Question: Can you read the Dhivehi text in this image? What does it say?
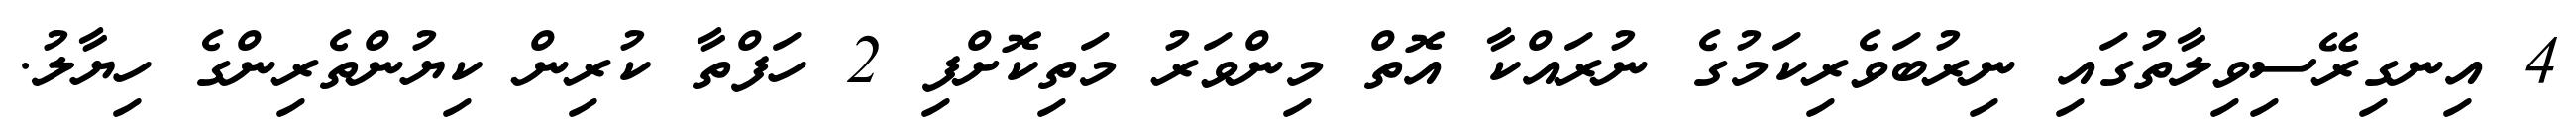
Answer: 4 އިނގިރޭސިވިލާތުގައި ނިރުބަވެރިކަމުގެ ނުރައްކާ އޮތް މިންވަރު މަތިކޮށްފި 2 ހަފްތާ ކުރިން ކިޔުންތެރިންގެ ހިޔާލު.